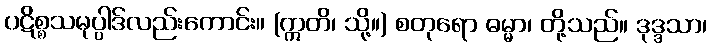
ပဋိစ္စသမုပ္ပါဒ်လည်းကောင်း။ (ဣတိ၊ သို့။) စတုရော ဓမ္မာ၊ တို့သည်။ ဒုဒ္ဒသာ၊